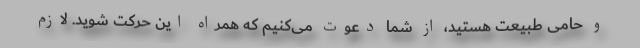
و حامی طبیعت هستید، از شما دعوت می‌کنیم که همراه این حرکت شوید. لازم